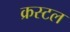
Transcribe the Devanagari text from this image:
क्रस्टल